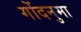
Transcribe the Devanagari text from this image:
गोंदनुमा